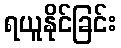
ရယူနိုင်ခြင်း